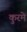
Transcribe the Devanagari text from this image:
कुरमे